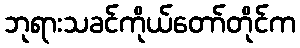
ဘုရားသခင်ကိုယ်တော်တိုင်က